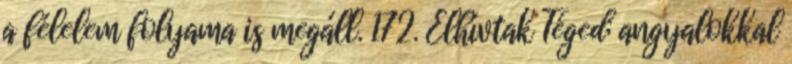
a félelem folyama is megáll. 172. Elhívtak Téged; angyalokkal